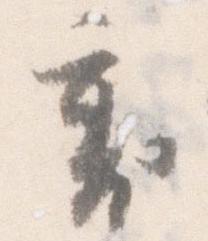
裏